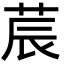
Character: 莀